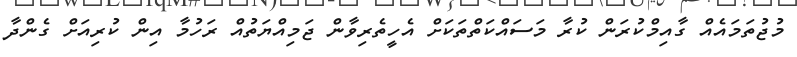
މުޖުތަމައެއް ގާއިމްކުރަން ކުރާ މަސައްކަތްތަކަށް އެހީތެރިވާން ޖަމިއްޔަތުއް ރަހުމާ އިން ކުރިއަށް ގެންދާ